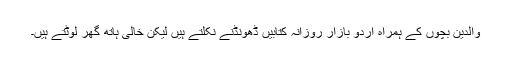
والدین بچوں کے ہمراہ اردو بازار روزانہ کتابیں ڈھونڈنے نکلتے ہیں لیکن خالی ہاتھ گھر لوٹتے ہیں۔